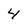
Character: 4